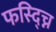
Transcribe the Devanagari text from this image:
फस्द्च्नि